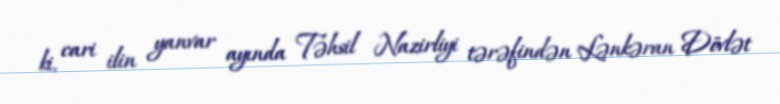
ki, cari ilin yanvar ayında Təhsil Nazirliyi tərəfindən Lənkəran Dövlət